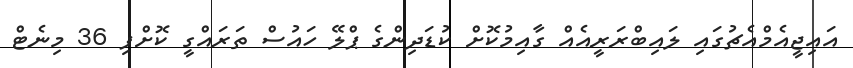
އައިޖީއެމްއެޗުގައި ލައިބްރަރީއެއް ގާއިމުކޮށް ކުޑަދިންގެ ޕްލޭ ހައުސް ތަރައްގީ ކޮށްފި 36 މިނެޓް